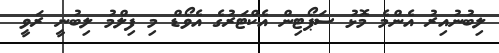
ލިބުނުއިރު އެންމެ މޮޅު ސަޕޯޓިން އެކްޓަރުގެ އެވޯޑް މި ފިލްމު ލިބުނީ ރަވީ